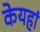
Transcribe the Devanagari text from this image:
केयहां